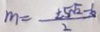
m = \frac { \pm 5 \sqrt { 2 } - b } { 2 }